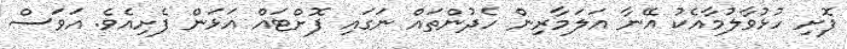
ފޮށި ހުޅުވާލުމާއެކު އޭނާ އަލަމާރިން ހެދުންތައް ނަގައި ފޮށްޓައް އަޅަން ފެށިއެވެ. އަވަސް